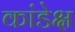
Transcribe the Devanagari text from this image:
कांडेक्ष